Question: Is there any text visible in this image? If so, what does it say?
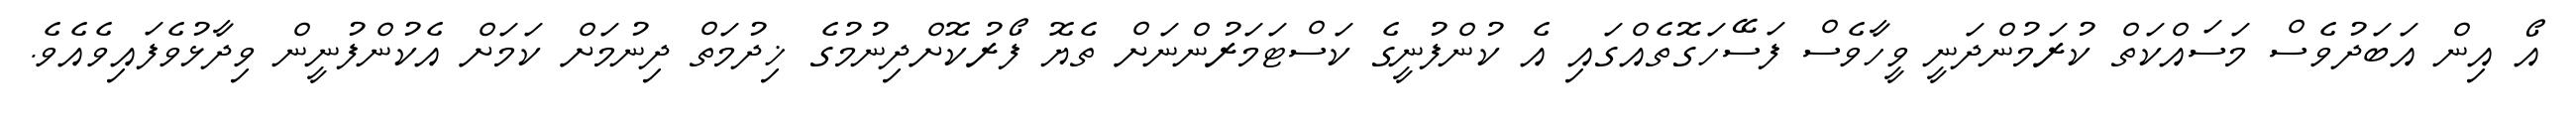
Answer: އޯ އިން އަބަދުވެސް މަސައްކަތް ކުރަމުންދަނީ ވީހާވެސް ފަސޭހަގޮތެއްގައި އެ ކުންފުނީގެ ކަސްޓަމަރުންނަށް ތެޔޮ ފޯރުކޮށްދިނުމުގެ ޚިދުމަތް ދިނުމަށް ކަމަށް އެކުންފުނީން ވިދާޅުވެފައިވެއެވެ.